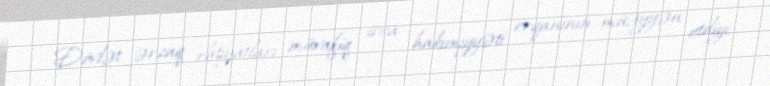
Dövlət ərzaq ehtiyatları müvafiq icra hakimiyyəti orqanının müəyyən etdiyi